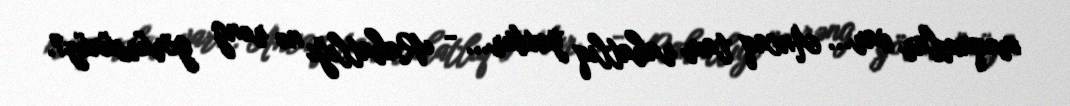
məqamlar var... Ancaq tam rahatlıq yoxdur... - Rahatlığı nə rəng görürsünüz?.